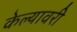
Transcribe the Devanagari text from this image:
केल्यावरी